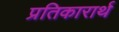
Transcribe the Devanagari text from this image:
प्रतिकारार्थ